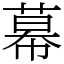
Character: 幕